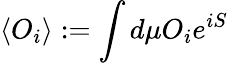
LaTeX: \left\langle O_{i}\right\rangle:=\int d\mu O_{i}e^{iS}